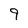
Character: 9